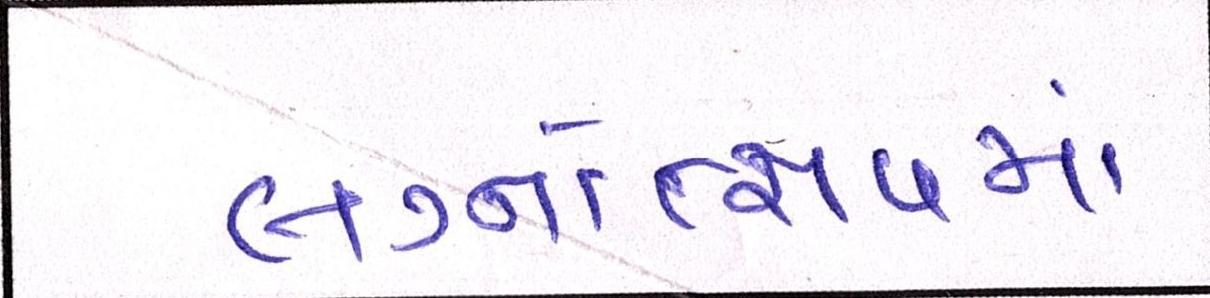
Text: લગ્નોત્સવમાં